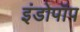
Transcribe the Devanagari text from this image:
इंडोपॉप